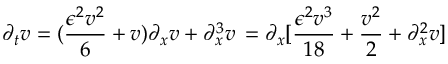
\partial _ { t } v = ( { \frac { \epsilon ^ { 2 } v ^ { 2 } } { 6 } } + v ) { \partial _ { x } v } + \partial _ { x } ^ { 3 } v \, = \partial _ { x } [ { \frac { \epsilon ^ { 2 } v ^ { 3 } } { 1 8 } } + { \frac { v ^ { 2 } } { 2 } } + \partial _ { x } ^ { 2 } v ]